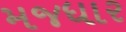
મજધાર